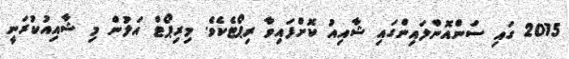
2015 ގައި ސަންއޮންލައިންގައި ޝާއިއު ކޮށްފައިވާ ރިޕޯޓެކެވެ. މިރިޕޯޓް އަލުން މި ޝާއިއުކުރަނީ